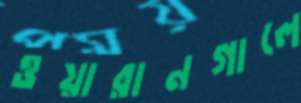
ওয়ারানগালে